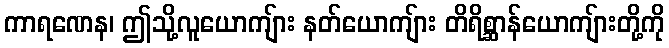
ကာရဏေန၊ ဤသို့လူယောကျ်ား နတ်ယောကျ်ား တိရိစ္ဆာန်ယောကျ်ားတို့ကို